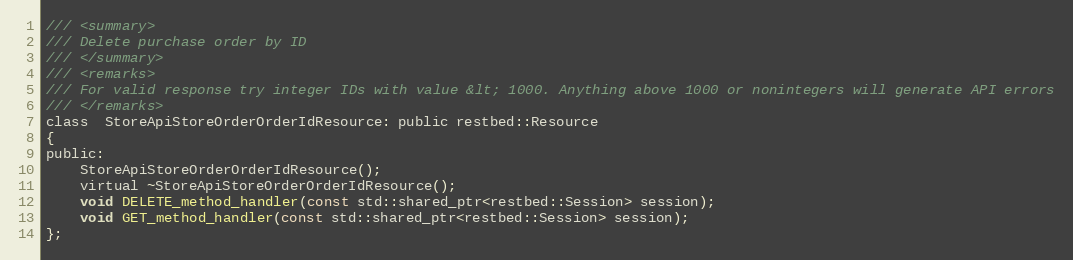
Language: C
/// <summary>
/// Delete purchase order by ID
/// </summary>
/// <remarks>
/// For valid response try integer IDs with value &lt; 1000. Anything above 1000 or nonintegers will generate API errors
/// </remarks>
class  StoreApiStoreOrderOrderIdResource: public restbed::Resource
{
public:
	StoreApiStoreOrderOrderIdResource();
    virtual ~StoreApiStoreOrderOrderIdResource();
    void DELETE_method_handler(const std::shared_ptr<restbed::Session> session);
    void GET_method_handler(const std::shared_ptr<restbed::Session> session);
};